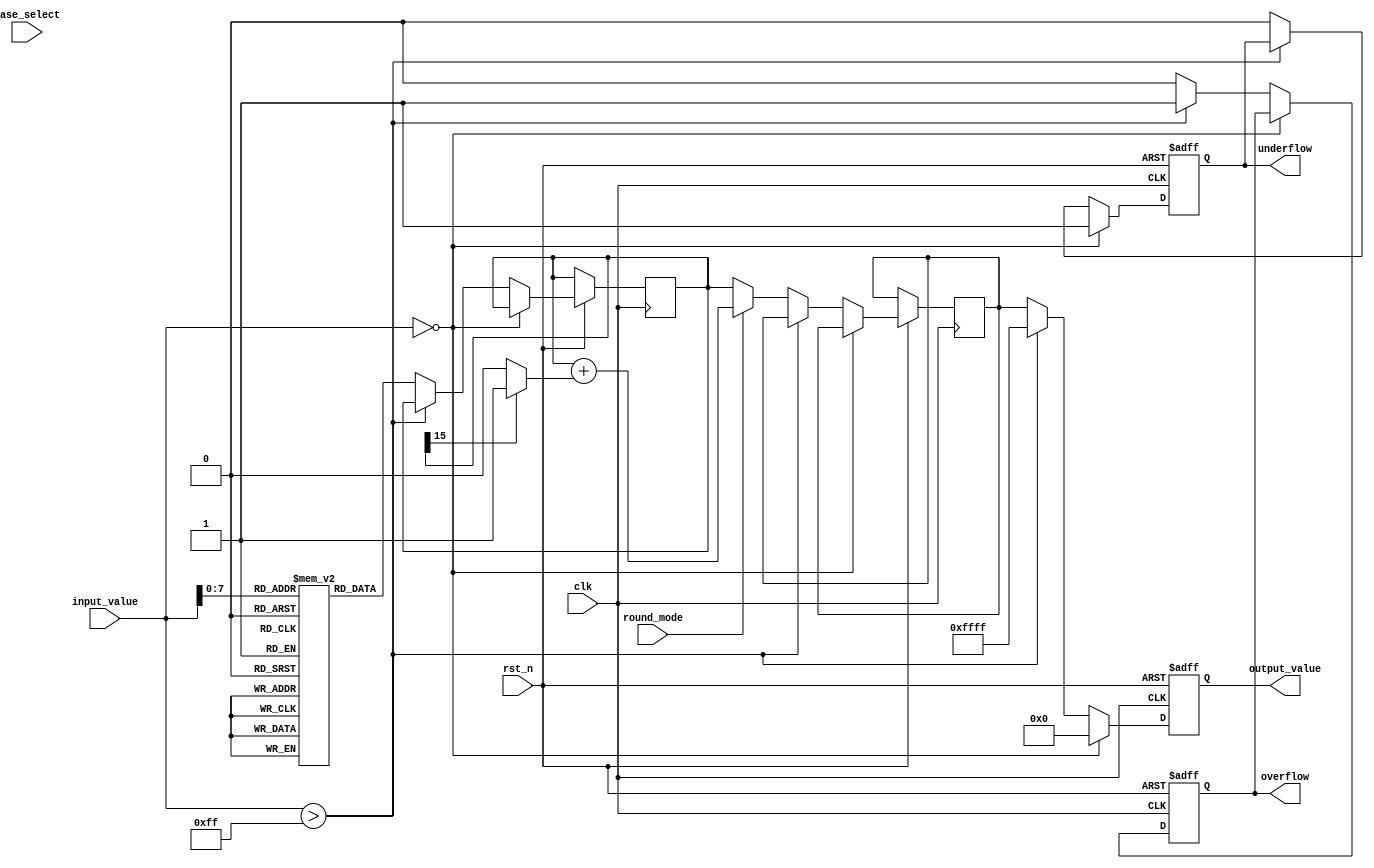
module LogarithmicUnit #(
    parameter N = 16,  // Input width
    parameter M = 16   // Output width
)(
    input wire clk,
    input wire rst_n,
    input wire [N-1:0] input_value,  // Fixed-point input
    input wire base_select,           // 0 for base 2, 1 for base 10
    input wire round_mode,            // 0 for floor, 1 for round
    output reg [M-1:0] output_value,  // Fixed-point logarithm output
    output reg overflow,              // Overflow flag
    output reg underflow              // Underflow flag
);

    // Internal signals
    reg [M-1:0] log_value;            // Computed logarithm value
    reg [M-1:0] rounded_value;         // Rounded output value

    // Logarithm lookup table (for demonstration purposes)
    reg [M-1:0] log_table [0:255];    // Example size, adjust as necessary

    // Initialize the logarithm lookup table
    initial begin
        // Populate the lookup table with precomputed logarithm values
        // log_table[i] = log2(i) or log10(i) based on the base_select
        // This is a placeholder; actual values need to be filled in.
    end

    // Logarithm computation
    always @(posedge clk or negedge rst_n) begin
        if (!rst_n) begin
            output_value <= 0;
            overflow <= 0;
            underflow <= 0;
        end else begin
            // Input validation
            if (input_value == 0) begin
                underflow <= 1;
                output_value <= {M{1'b0}}; // Underflow case
            end else if (input_value > 255) begin
                overflow <= 1;
                output_value <= {M{1'b1}}; // Overflow case
            end else begin
                underflow <= 0;
                overflow <= 0;

                // Select logarithm base
                if (base_select == 0) begin
                    // Base 2 logarithm
                    log_value <= log_table[input_value]; // Lookup for log2
                end else begin
                    // Base 10 logarithm
                    log_value <= log_table[input_value]; // Lookup for log10
                end

                // Rounding logic
                if (round_mode) begin
                    // Round to nearest
                    rounded_value <= log_value + (log_value[M-1] ? 1 : 0);
                end else begin
                    // Floor
                    rounded_value <= log_value;
                end

                // Assign output
                output_value <= rounded_value;
            end
        end
    end

endmodule